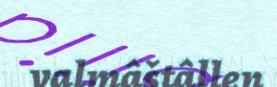
valmâštâllen